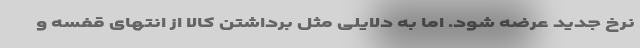
نرخ جدید عرضه شود. اما به دلایلی مثل برداشتن کالا از انتهای قفسه و